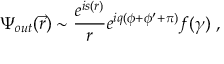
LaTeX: \Psi _ { o u t } ( \vec { r } ) \sim \frac { e ^ { i s ( r ) } } r e ^ { i q ( \phi + \phi ^ { \prime } + \pi ) } f ( \gamma ) \ ,